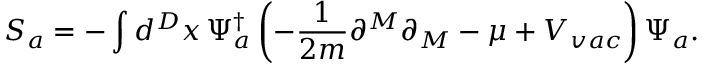
S _ { a } = - \int d ^ { D } x \, \Psi _ { a } ^ { \dagger } \left( - \frac { 1 } { 2 m } \partial ^ { M } \partial _ { M } - \mu + V _ { v a c } \right) \Psi _ { a } .